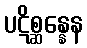
ပဋိစ္ဆန္နေန